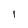
Character: I